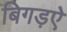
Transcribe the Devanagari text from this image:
बिगड़ऐ